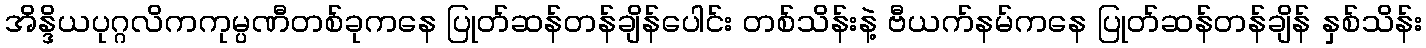
အိန္ဒိယပုဂ္ဂလိကကုမ္ပဏီတစ်ခုကနေ ပြုတ်ဆန်တန်ချိန်ပေါင်း တစ်သိန်းနဲ့ ဗီယက်နမ်ကနေ ပြုတ်ဆန်တန်ချိန် နှစ်သိန်း